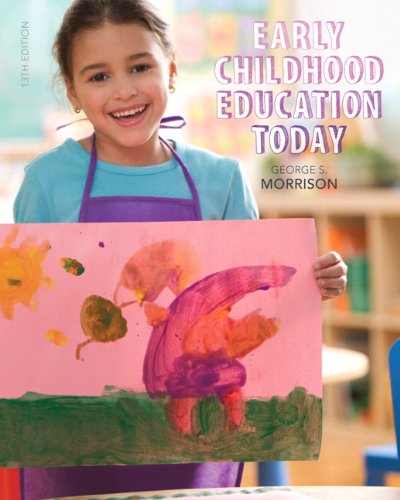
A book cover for Early Childhood Education Today (13th Edition); George S. Morrison; Education & Teaching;